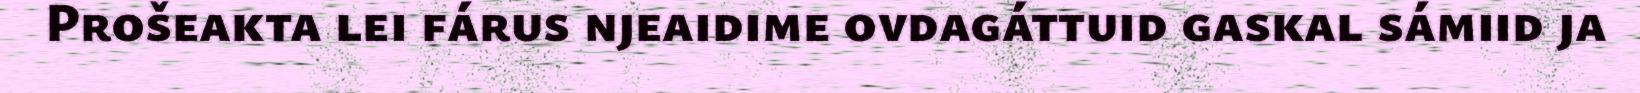
Prošeakta lei fárus njeaidime ovdagáttuid gaskal sámiid ja